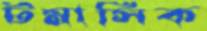
টমাসিক